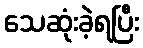
သေဆုံးခဲ့ရပြီး